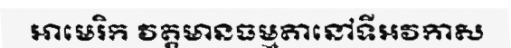
អាមេរិក វត្តមានធម្មតានៅទីអវកាស